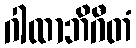
ဂါထာဘိဂီတံ